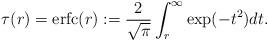
LaTeX: \begin{align*} \tau(r)=\operatorname{erfc}(r):=\frac{2}{\sqrt{\pi}}\int_{r}^\infty \exp(-t^2) dt.\end{align*}